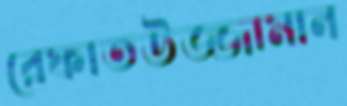
রেফাতউজ্জামান